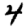
Digit: 4